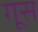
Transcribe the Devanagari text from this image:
गूस